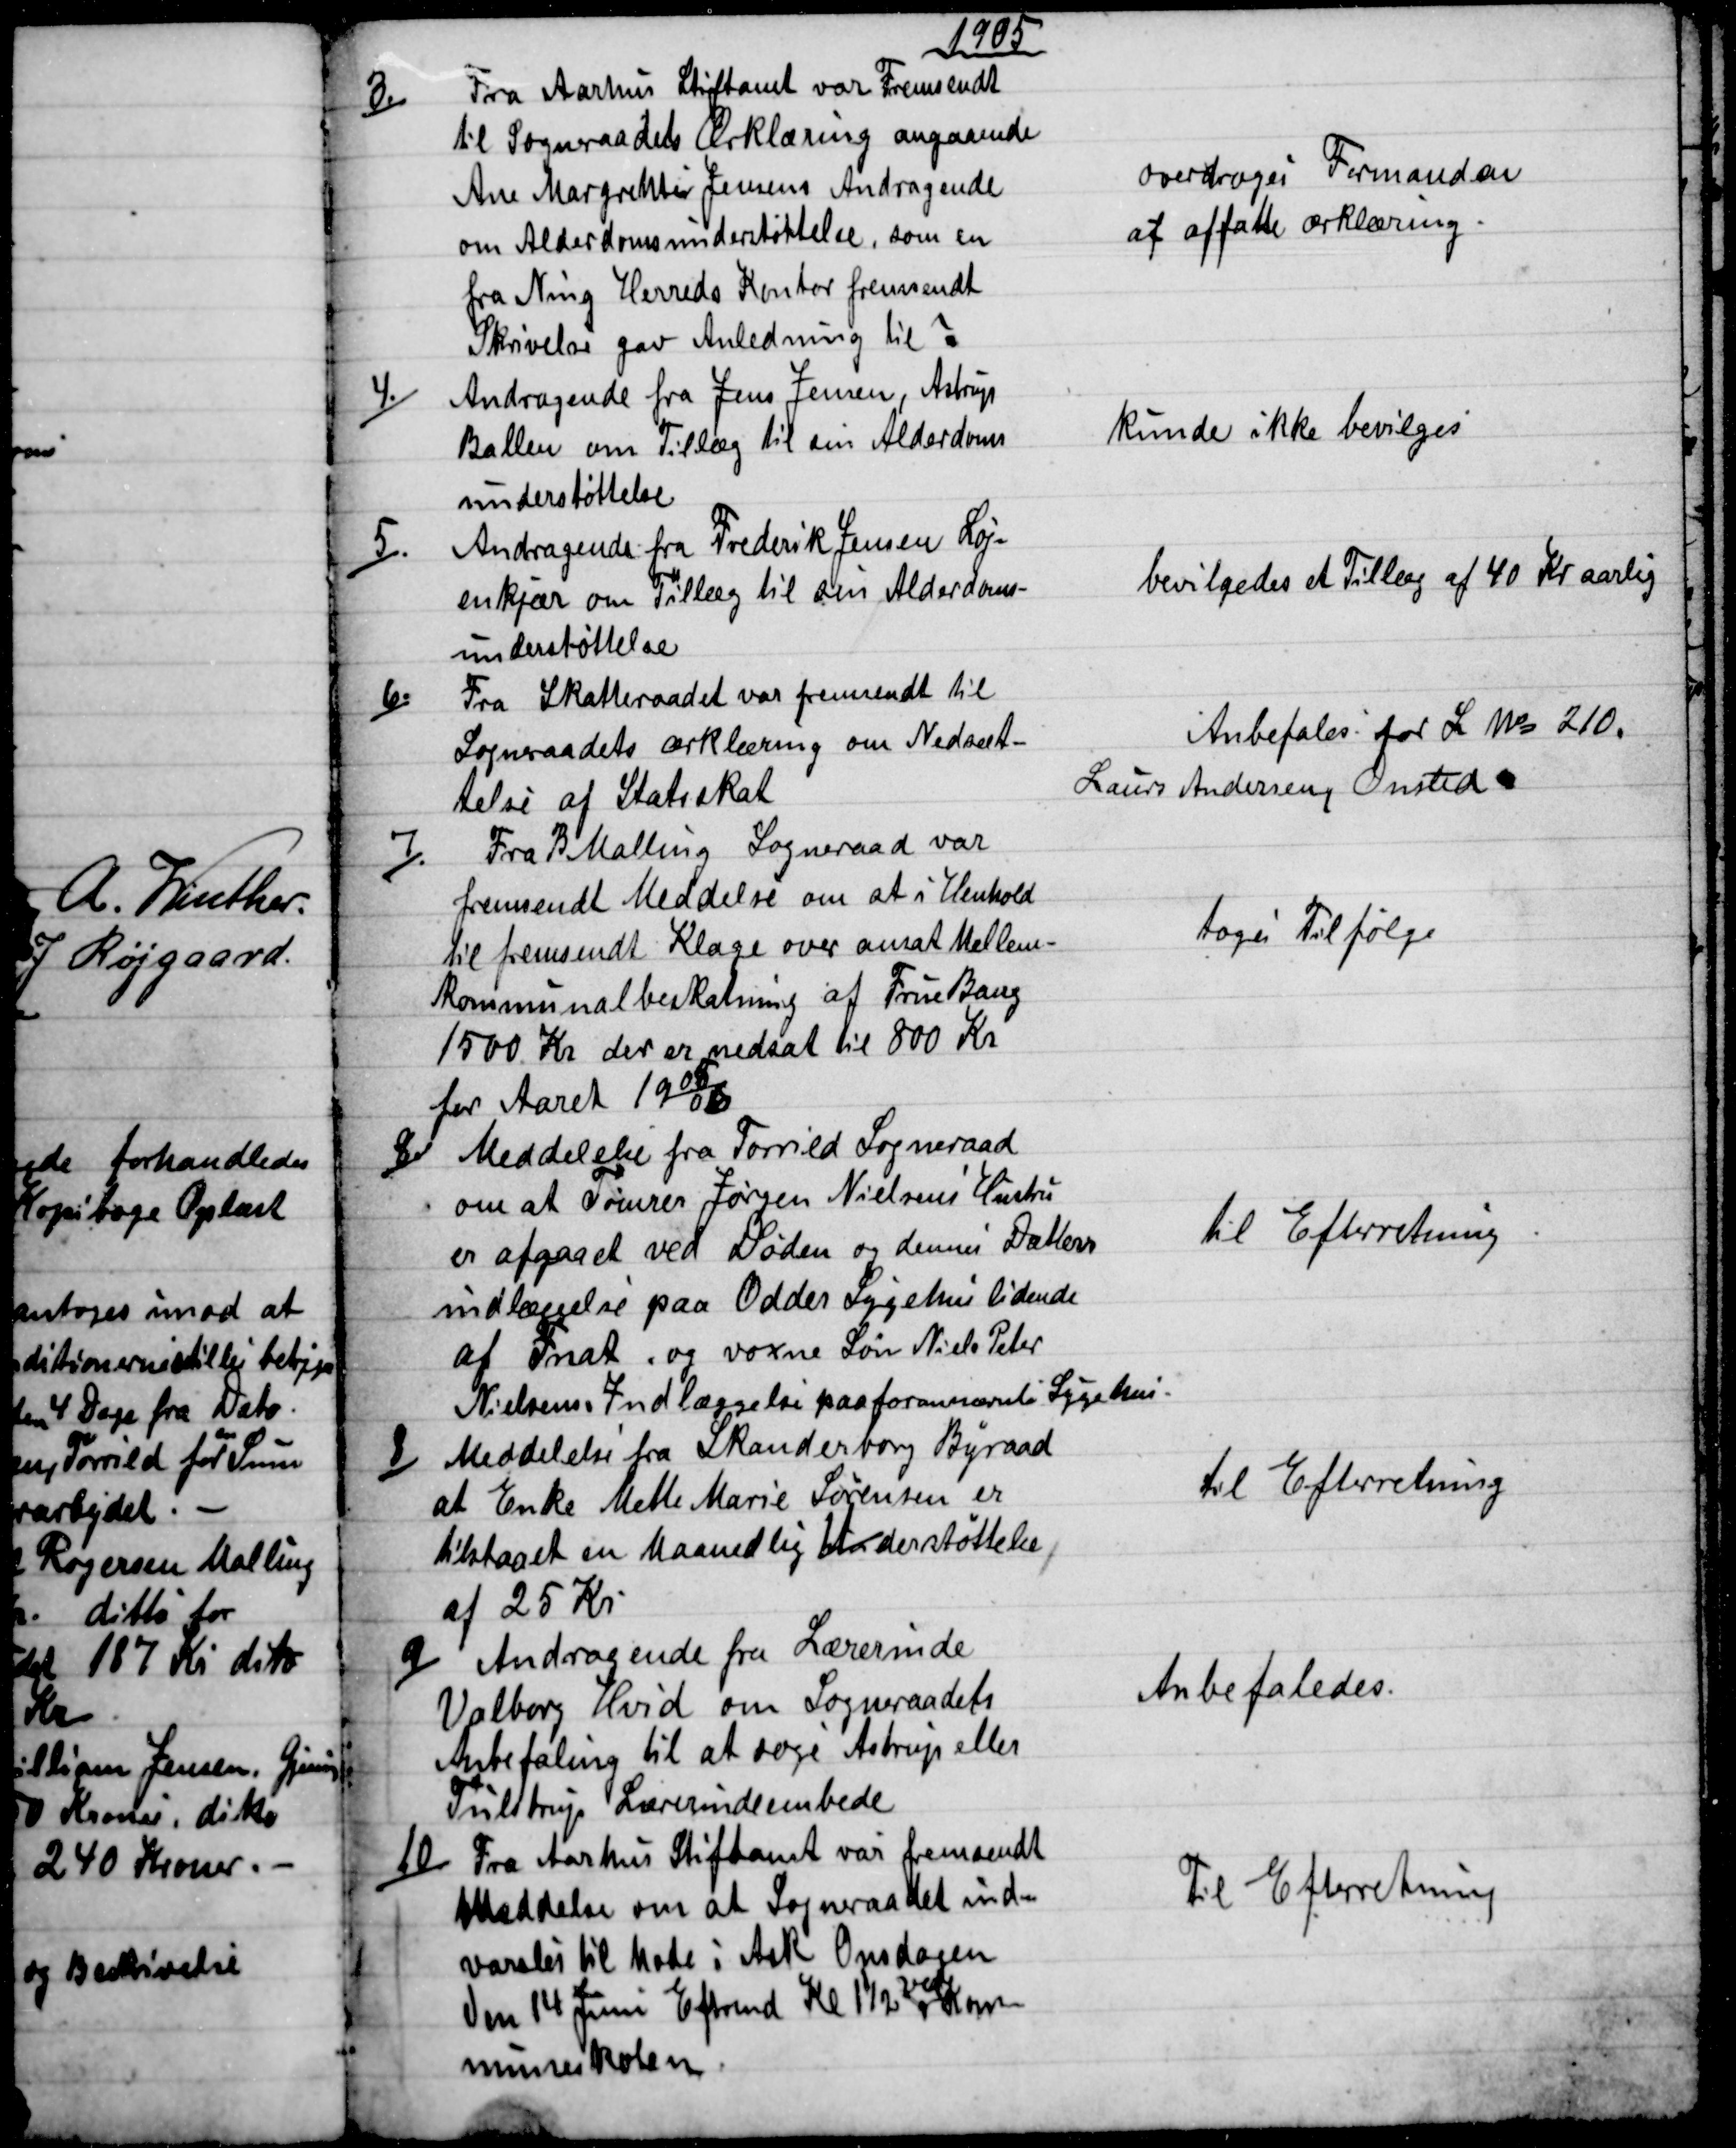
Transskription:
1905
3.)
Fra Aarhus Stiftamt var Fremsendt
til Sogneraadets Ærklæring angaaende
Ane Margrehte Jensens Andragende
om Alderdomsunderstøttelse, som en
fra Ning Herreds Kontor fremsendt
Skrivelse gav Anledning til  ?
overdroges Formanden
at affatte ærklæring.
4.)
Andragende fra Jens Jensen, Astrup
Ballen om Tillæg til sin Alderdoms
understøttelse
kunde ikke bevilges
5).
Andragende fra Frederik Jensen Løj-
enkjær om Tillæg til sin Alderdoms-
understøttelse
bevilgedes et Tillæg af 40 Kr aarlig
6).
Fra Skatteraadet var fremsendt til
Sogneraadets ærklæring om Nedsæt-
telse af Statsskat
Anbefales for L № 210.
Laurs Andersen, Onsted
7).
Fra B Malling Sogneraad var
fremsendt Meddelse om at i Henhold
til fremsendt Klage over ansat Mellem-
kommunalbeskatning af Frue Bang
1500 Kr der er nedsat til 800 Kr.
for Aaret 1905/06
toges Tilfølge
8.)
Meddelelse fra Torrild Sogneraad
om at Tømrer Jørgen Nielsens Hustru
er afgaaet ved Døden og dennes Datters
indlæggelse paa Odder Sygehus lidende
at Fnat, og voxne Løn Niels Peter
Nielsens Indlæggelse paa forannævnte Sygehus.
til Efterretning
8)
Meddelelse fra Skanderborg Byraad
at Enke Mette Marie Sørensen er
tilstaaet en Maanedlig Understøttelse
af 25 Kr.
til Efterretning
9)
Andragende fra Lærerinde
Valborg Hvid om Sogneraadets
Anbefaling til at søge Astrup eller
Tulstrup Lærerindeembede
Anbefaledes.
10)
Fra Aarhus Stiftamt var fremsendt
Meddelse om at Sogneraadet ind=
varsles til Møde i Ask Onsdagen
den 14 Juni Eftrmd Kl. 1½ 
ved
Kom-
muneskolen.
Til Efterretning